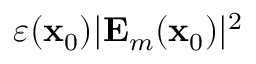
\varepsilon ( \mathbf { x } _ { 0 } ) | \mathbf { E } _ { m } ( \mathbf { x } _ { 0 } ) | ^ { 2 }